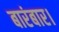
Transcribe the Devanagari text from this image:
बारंबार।